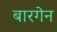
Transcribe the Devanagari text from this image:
बारगेन